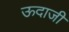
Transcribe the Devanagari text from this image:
ऊदाजी